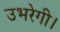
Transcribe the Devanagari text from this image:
उभरेगी।